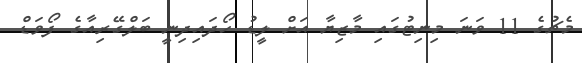
މެޗުގެ 11 ވަނަ މިނިޓުގައި މާޒިޔާ އަށް ލީޑު ހޯދައިދިނީ ބަލްގޭރިއާގެ ފޯވަޑް